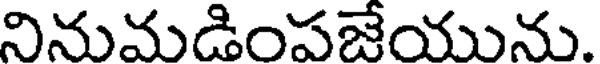
నినుమడింపజేయును.